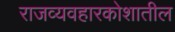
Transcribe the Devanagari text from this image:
राजव्यवहारकोशातील